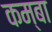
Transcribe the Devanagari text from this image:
कम्बा